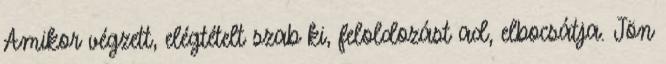
Amikor végzett, elégtételt szab ki, feloldozást ad, elbocsátja. Jön